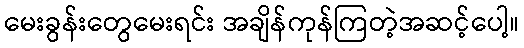
မေးခွန်းတွေမေးရင်း အချိန်ကုန်ကြတဲ့အဆင့်ပေါ့။